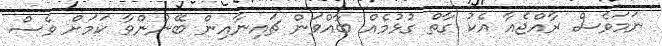
ނަމަވެސް ރާއްޖެއާ އެކު ގާތް ގުޅުމެއް ބާއްވަން ޗައިނާއިން ބޭނުންވާ ކަމަށް ވެސް